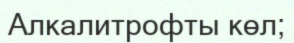
Алкалитрофты көл;